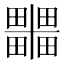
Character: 𭻹